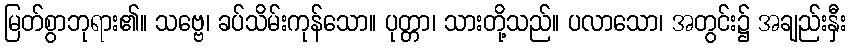
မြတ်စွာဘုရား၏။ သဗ္ဗေ၊ ခပ်သိမ်းကုန်သော။ ပုတ္တာ၊ သားတို့သည်။ ပလာသော၊ အတွင်း၌ အချည်းနှီး